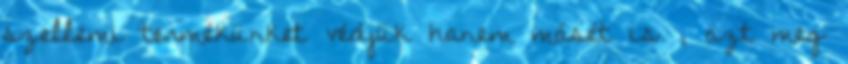
szellemi termékünket védjük hanem másét is , azt meg